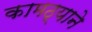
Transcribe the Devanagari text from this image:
कामठ्याने